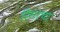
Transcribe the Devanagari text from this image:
रिगाचा